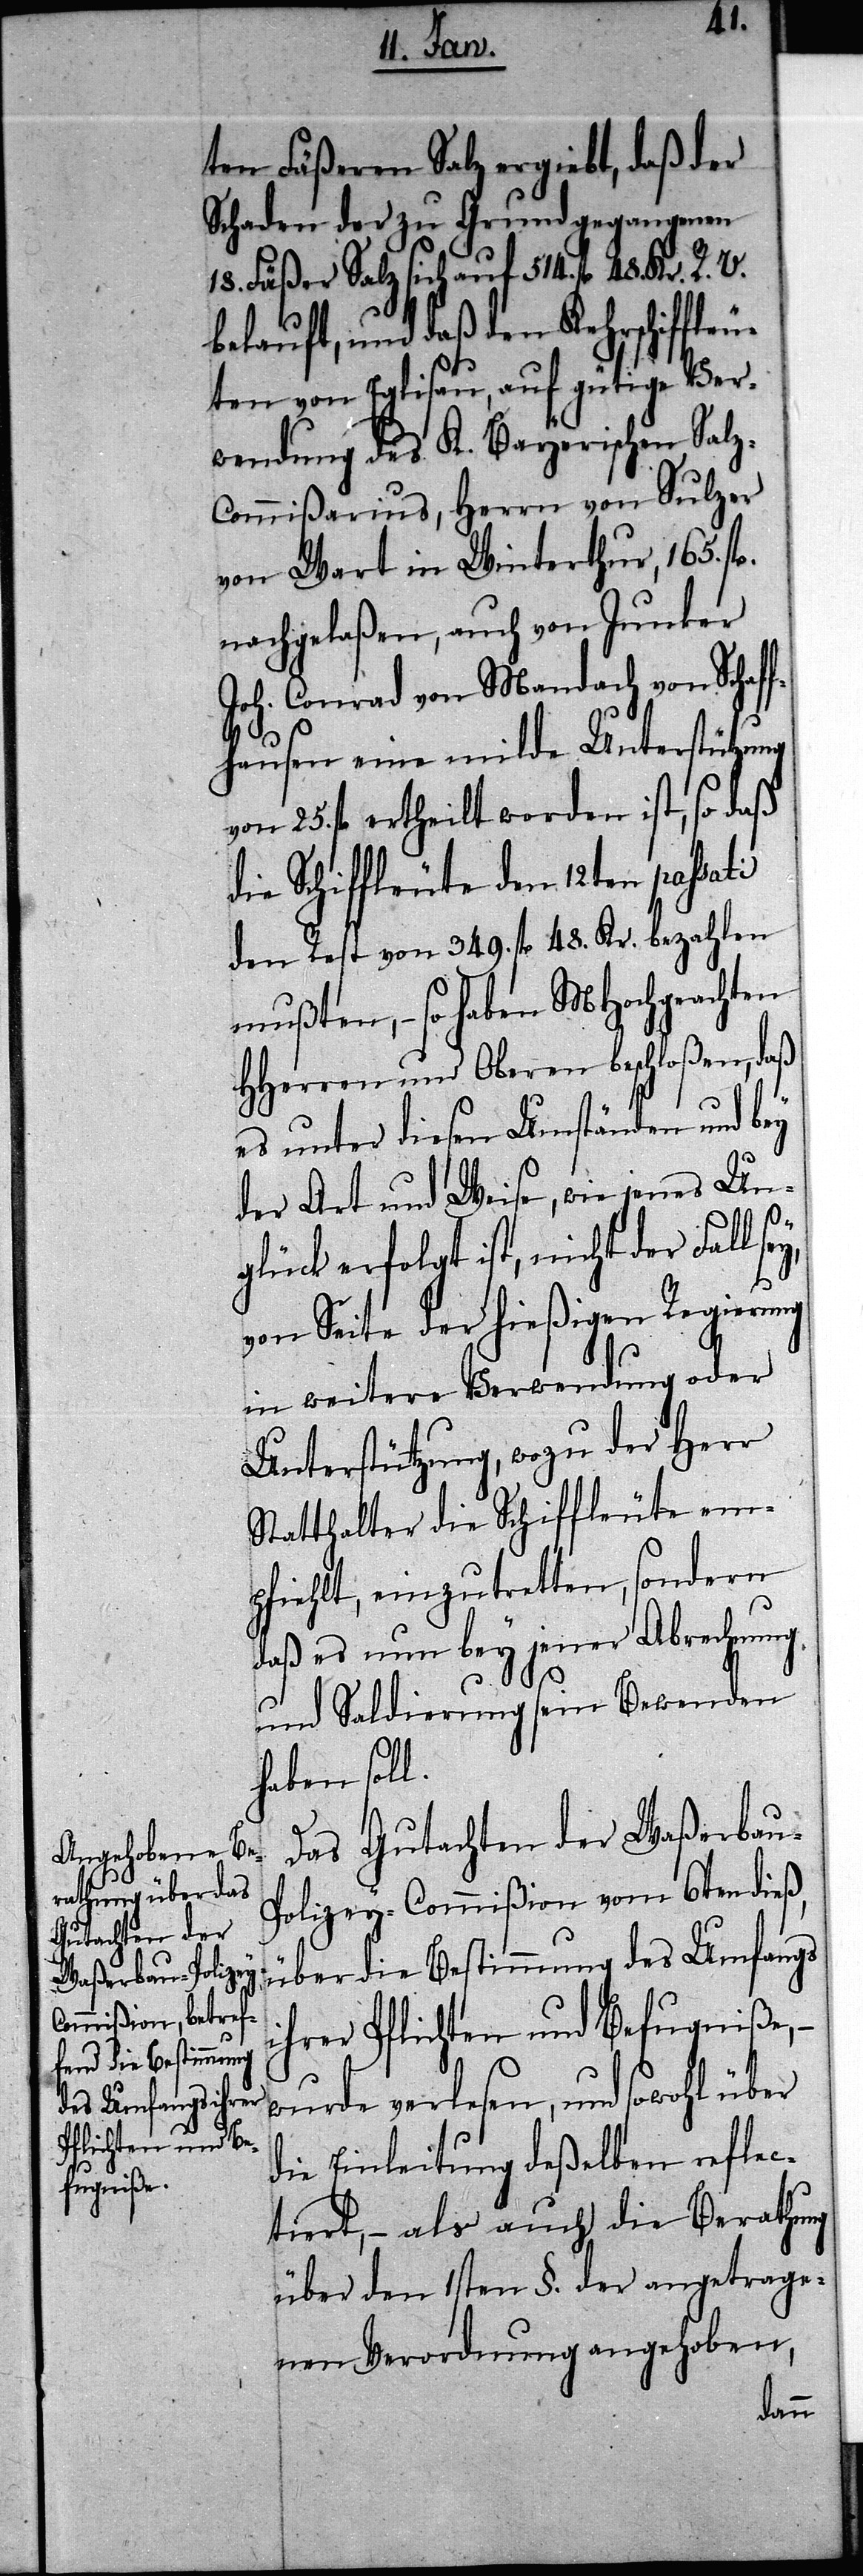
ten Fäßeren Salz ergiebt, daß der
Schaden der zu Grund gegangenen
18. Fäßer Salz sich auf 514. fl. 48.
belauft, und daß den Kehrschiffleu¬
ten von Eglisau, auf gütige Ver¬
wendung des K. Bayerischen Sal¬
z-Commißarius, Herrn von Sulzer
von Wart in Winterthur, 165. fl.
nachgelaßen, auch von Junker
Joh. Conrad von Mandach von Schaff¬
hausen eine milde Unterstützung
von 25. fl. ertheilt worden ist, so daß
die Schiffleute den 12ten passati
den Rest von 349. fl. 48. Kr. bezahlen
mußten, – so haben MHochgeachten
HHerren und Oberen beschloßen, daß
es unter diesen Umständen und bey
der Art und Weise, wie jenes Un¬
glück erfolgt ist, nicht der Fall
von Seite der hießigen Regierung
in weitere Verwendung oder
Unterstützung, wozu der Herr
Statthalter die Schiffleute em¬
pfiehlt, einzutretten, sondern
daß es nun bey jener Abrechnung
und Saldierung sein Bewenden
haben soll.
Das Gutachten der Waßerbau-P¬
olizey-Commißion vom 6ten dieß,
über die Bestimmung des Umfangs
ihrer Pflichten und Befugniße,
wurde verlesen, und sowohl über
die Einleitung deßelben reflec¬
tiert, – als auch die Berathung
über den 1sten §. der angetrage¬
nen Verordnung angehoben,